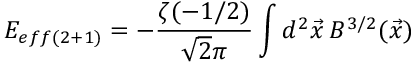
E _ { e f f ( 2 + 1 ) } = - \frac { \zeta ( - 1 / 2 ) } { \sqrt { 2 } \pi } \int d ^ { 2 } \vec { x } \: B ^ { 3 / 2 } ( \vec { x } )